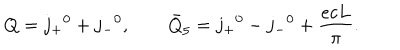
Q = j _ { + } { } ^ { 0 } + j _ { - } { } ^ { 0 } , \qquad { \bar { Q } } _ { 5 } = j _ { + } { } ^ { 0 } - j _ { - } { } ^ { 0 } + \frac { e c L } { \pi } .